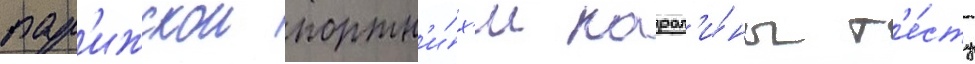
пар'ижскои портн'и́х'и карол'и́ны т'е́сту